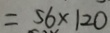
= 5 6 \times 1 2 0